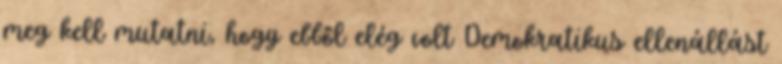
meg kell mutatni, hogy ebből elég volt Demokratikus ellenállást